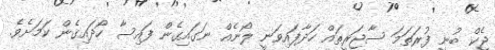
ޖެކް ބުނީ ފުރަތަމަ ސާޖަރީތައް ހަދާފައިވަނީ ލޯނެއް ނަގައިގެން ފައިސާ ހޯދައިގެން ކަމަށެވެ.